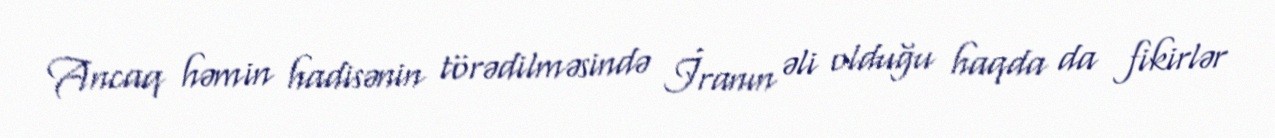
Ancaq həmin hadisənin törədilməsində İranın əli olduğu haqda da fikirlər